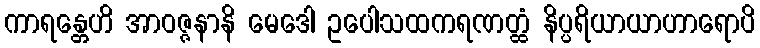
ကာရန္တေဟိ အာဝဇ္ဇနာနိ မေဒေါ ဥပေါသထကရဏတ္ထံ နိပ္ပရိယာယာဟာရောပိ